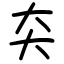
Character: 㚐